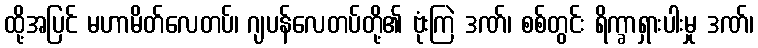
ထို့အပြင် မဟာမိတ်လေတပ်၊ ဂျပန်လေတပ်တို့၏ ဗုံးကြဲ ဒဏ်၊ စစ်တွင်း ရိက္ခာရှားပါးမှု ဒဏ်၊